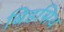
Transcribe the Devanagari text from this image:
बिडसिथ